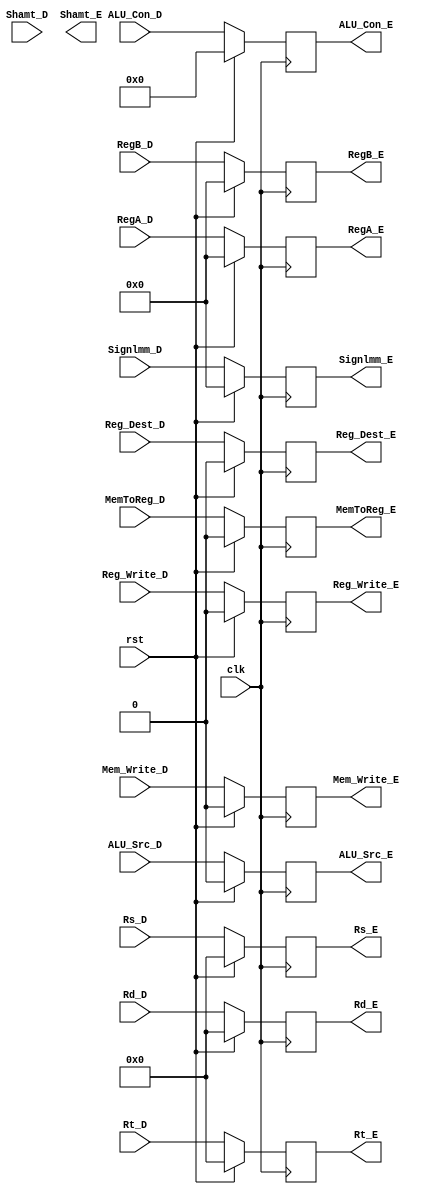
`timescale 1ns/1ns

module ID_EX_Reg (clk, rst, Reg_Write_D, MemToReg_D, Mem_Write_D, ALU_Con_D,
                 ALU_Src_D, Reg_Dest_D, RegA_D, RegB_D, Signlmm_D, Rs_D, Rt_D, Rd_D,
                 Reg_Write_E, MemToReg_E, Mem_Write_E, ALU_Con_E, ALU_Src_E,
                 Reg_Dest_E, RegA_E, RegB_E, Signlmm_E, Rs_E, Rt_E, Rd_E, Shamt_D, Shamt_E);

    input clk,rst;
    input Reg_Write_D, MemToReg_D, Mem_Write_D;
    input ALU_Src_D, Reg_Dest_D;
    input [5:0] ALU_Con_D;
    input [4:0] Rs_D, Rt_D, Rd_D, Shamt_D;
    input [31:0] RegA_D, RegB_D, Signlmm_D;

    output reg Reg_Write_E, MemToReg_E, Mem_Write_E;
    output reg ALU_Src_E, Reg_Dest_E;
    output reg [5:0] ALU_Con_E;
    output reg [4:0] Rs_E, Rt_E, Rd_E, Shamt_E;
    output reg [31:0] RegA_E, RegB_E, Signlmm_E;


    always@(posedge clk)
    begin
        if(rst)
            begin
                Reg_Write_E <= 1'b0;
                MemToReg_E <= 1'b0;
                Mem_Write_E <= 1'b0;
                ALU_Src_E <= 1'b0;
                Reg_Dest_E <= 1'b0;
                ALU_Con_E <= 2'b0;
                RegA_E <= 32'b0;
                RegB_E <= 32'b0;
                Signlmm_E <= 32'b0;
                Rs_E <= 5'b0;
                Rt_E <= 5'b0;
                Rd_E <= 5'b0;
            end

            else
            begin
                Reg_Write_E <= Reg_Write_D;
                MemToReg_E <= MemToReg_D;
                Mem_Write_E <= Mem_Write_D;
                ALU_Src_E <= ALU_Src_D;
                Reg_Dest_E <= Reg_Dest_D;
                ALU_Con_E <= ALU_Con_D;
                RegA_E <= RegA_D;
                RegB_E <= RegB_D;
                Signlmm_E <= Signlmm_D;
                Rs_E <= Rs_D;
                Rt_E <= Rt_D;
                Rd_E <= Rd_D;
            end
        end
endmodule